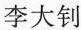
李大钊